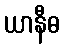
ယာနီဓ